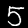
Label: 5